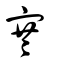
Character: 寒